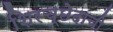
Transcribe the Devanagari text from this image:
शिरच्छेदाची